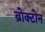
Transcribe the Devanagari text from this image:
ब्रोक्टोन